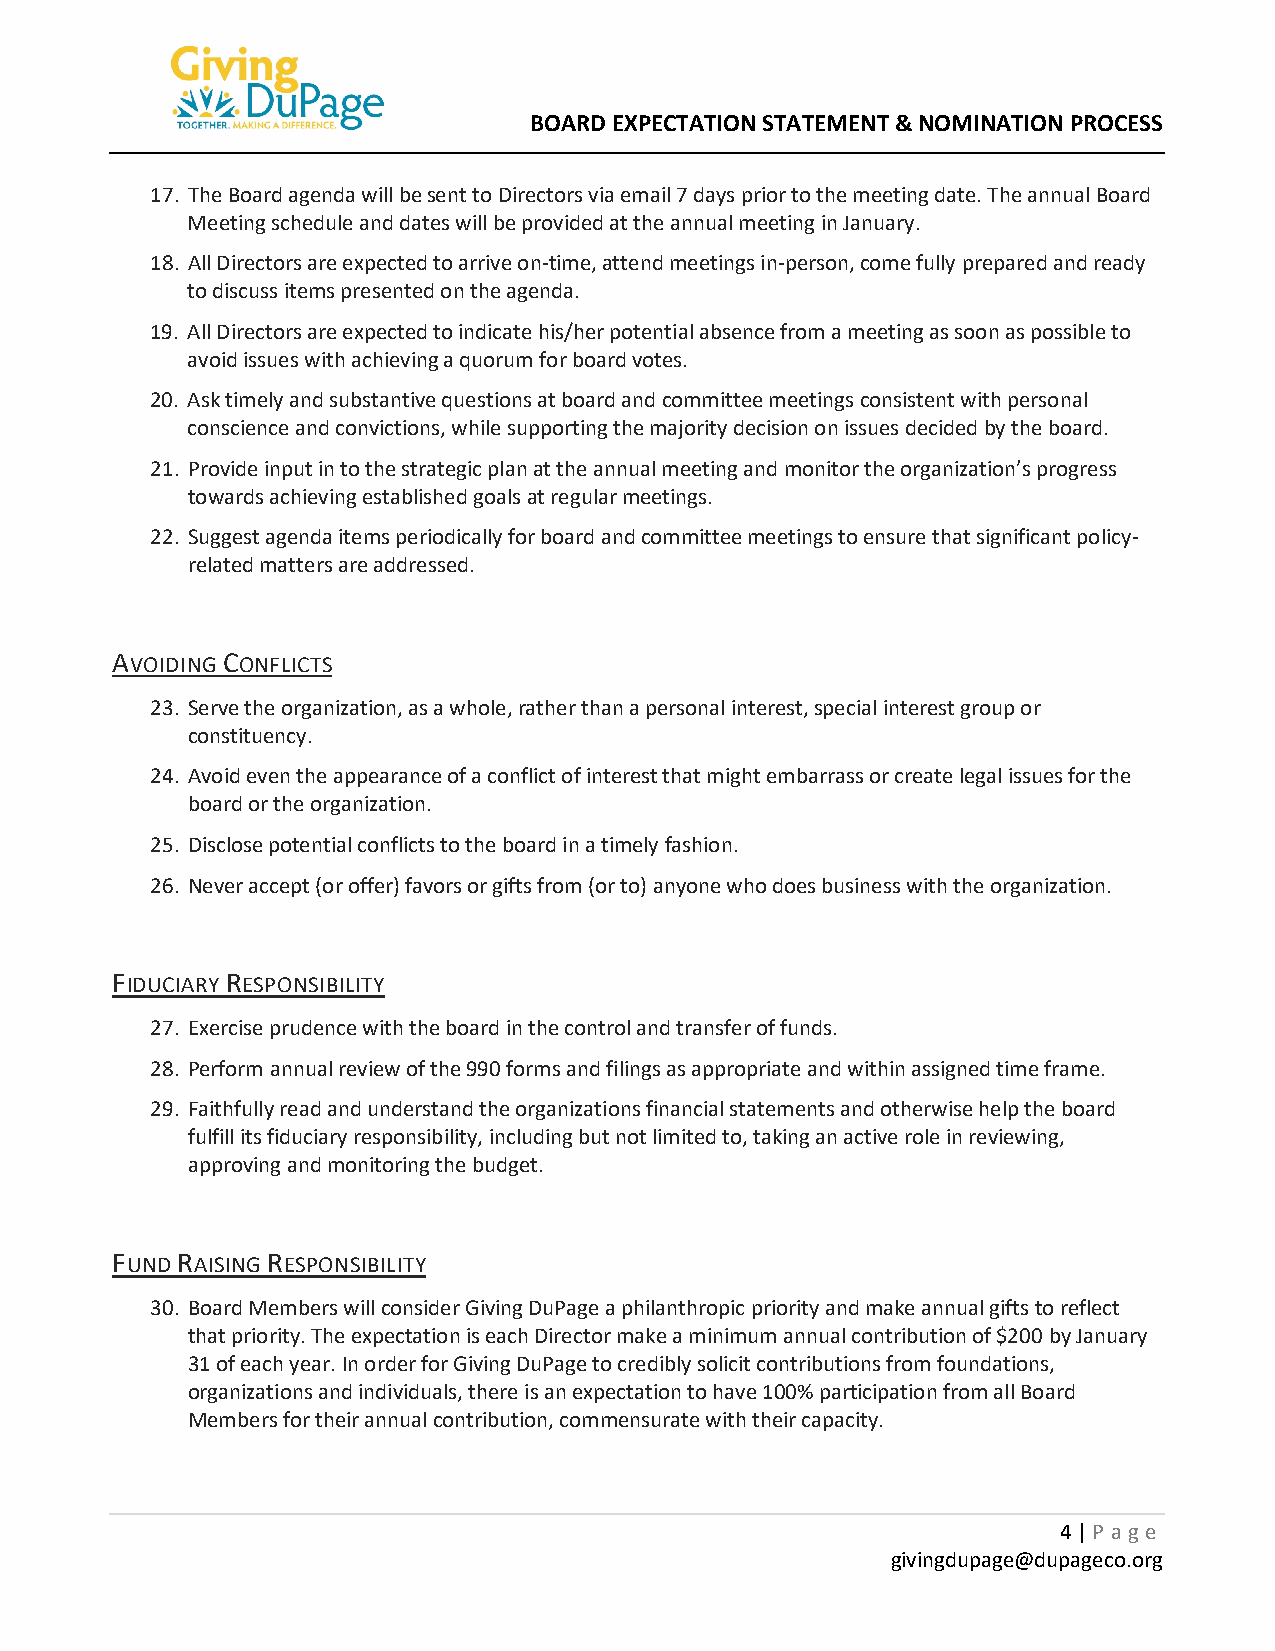
BOARD EXPECTATION STATEMENT & NOMINATION PROCESS
 17. The Board agenda will be sent to Directors via email 7 days prior to the meeting date. The annual Board
 Meeting schedule and dates will be provided at the annual meeting in January.
 18. All Directors are expected to arrive on-time, attend meetings in-person, come fully prepared and ready
 to discuss items presented on the agenda.
 19. All Directors are expected to indicate his/her potential absence from a meeting as soon as possible to
 avoid issues with achieving a quorum for board votes.
 20. Ask timely and substantive questions at board and committee meetings consistent with personal
 conscience and convictions, while supporting the majority decision on issues decided by the board.
 21. Provide input in to the strategic plan at the annual meeting and monitor the organization’s progress
 towards achieving established goals at regular meetings.
 22. Suggest agenda items periodically for board and committee meetings to ensure that significant policy-
 related matters are addressed.
 AVOIDING CONFLICTS
 23. Serve the organization, as a whole, rather than a personal interest, special interest group or
 constituency.
 24. Avoid even the appearance of a conflict of interest that might embarrass or create legal issues for the
 board or the organization.
 25. Disclose potential conflicts to the board in a timely fashion.
 26. Never accept (or offer) favors or gifts from (or to) anyone who does business with the organization.
 FIDUCIARY RESPONSIBILITY
 27. Exercise prudence with the board in the control and transfer of funds.
 28. Perform annual review of the 990 forms and filings as appropriate and within assigned time frame.
 29. Faithfully read and understand the organizations financial statements and otherwise help the board
 fulfill its fiduciary responsibility, including but not limited to, taking an active role in reviewing,
 approving and monitoring the budget.
 FUND RAISING RESPONSIBILITY
 30. Board Members will consider Giving DuPage a philanthropic priority and make annual gifts to reflect
 that priority. The expectation is each Director make a minimum annual contribution of $200 by January
 31 of each year. In order for Giving DuPage to credibly solicit contributions from foundations,
 organizations and individuals, there is an expectation to have 100% participation from all Board
 Members for their annual contribution, commensurate with their capacity.
 4 | P age
 givingdupage@dupageco.org